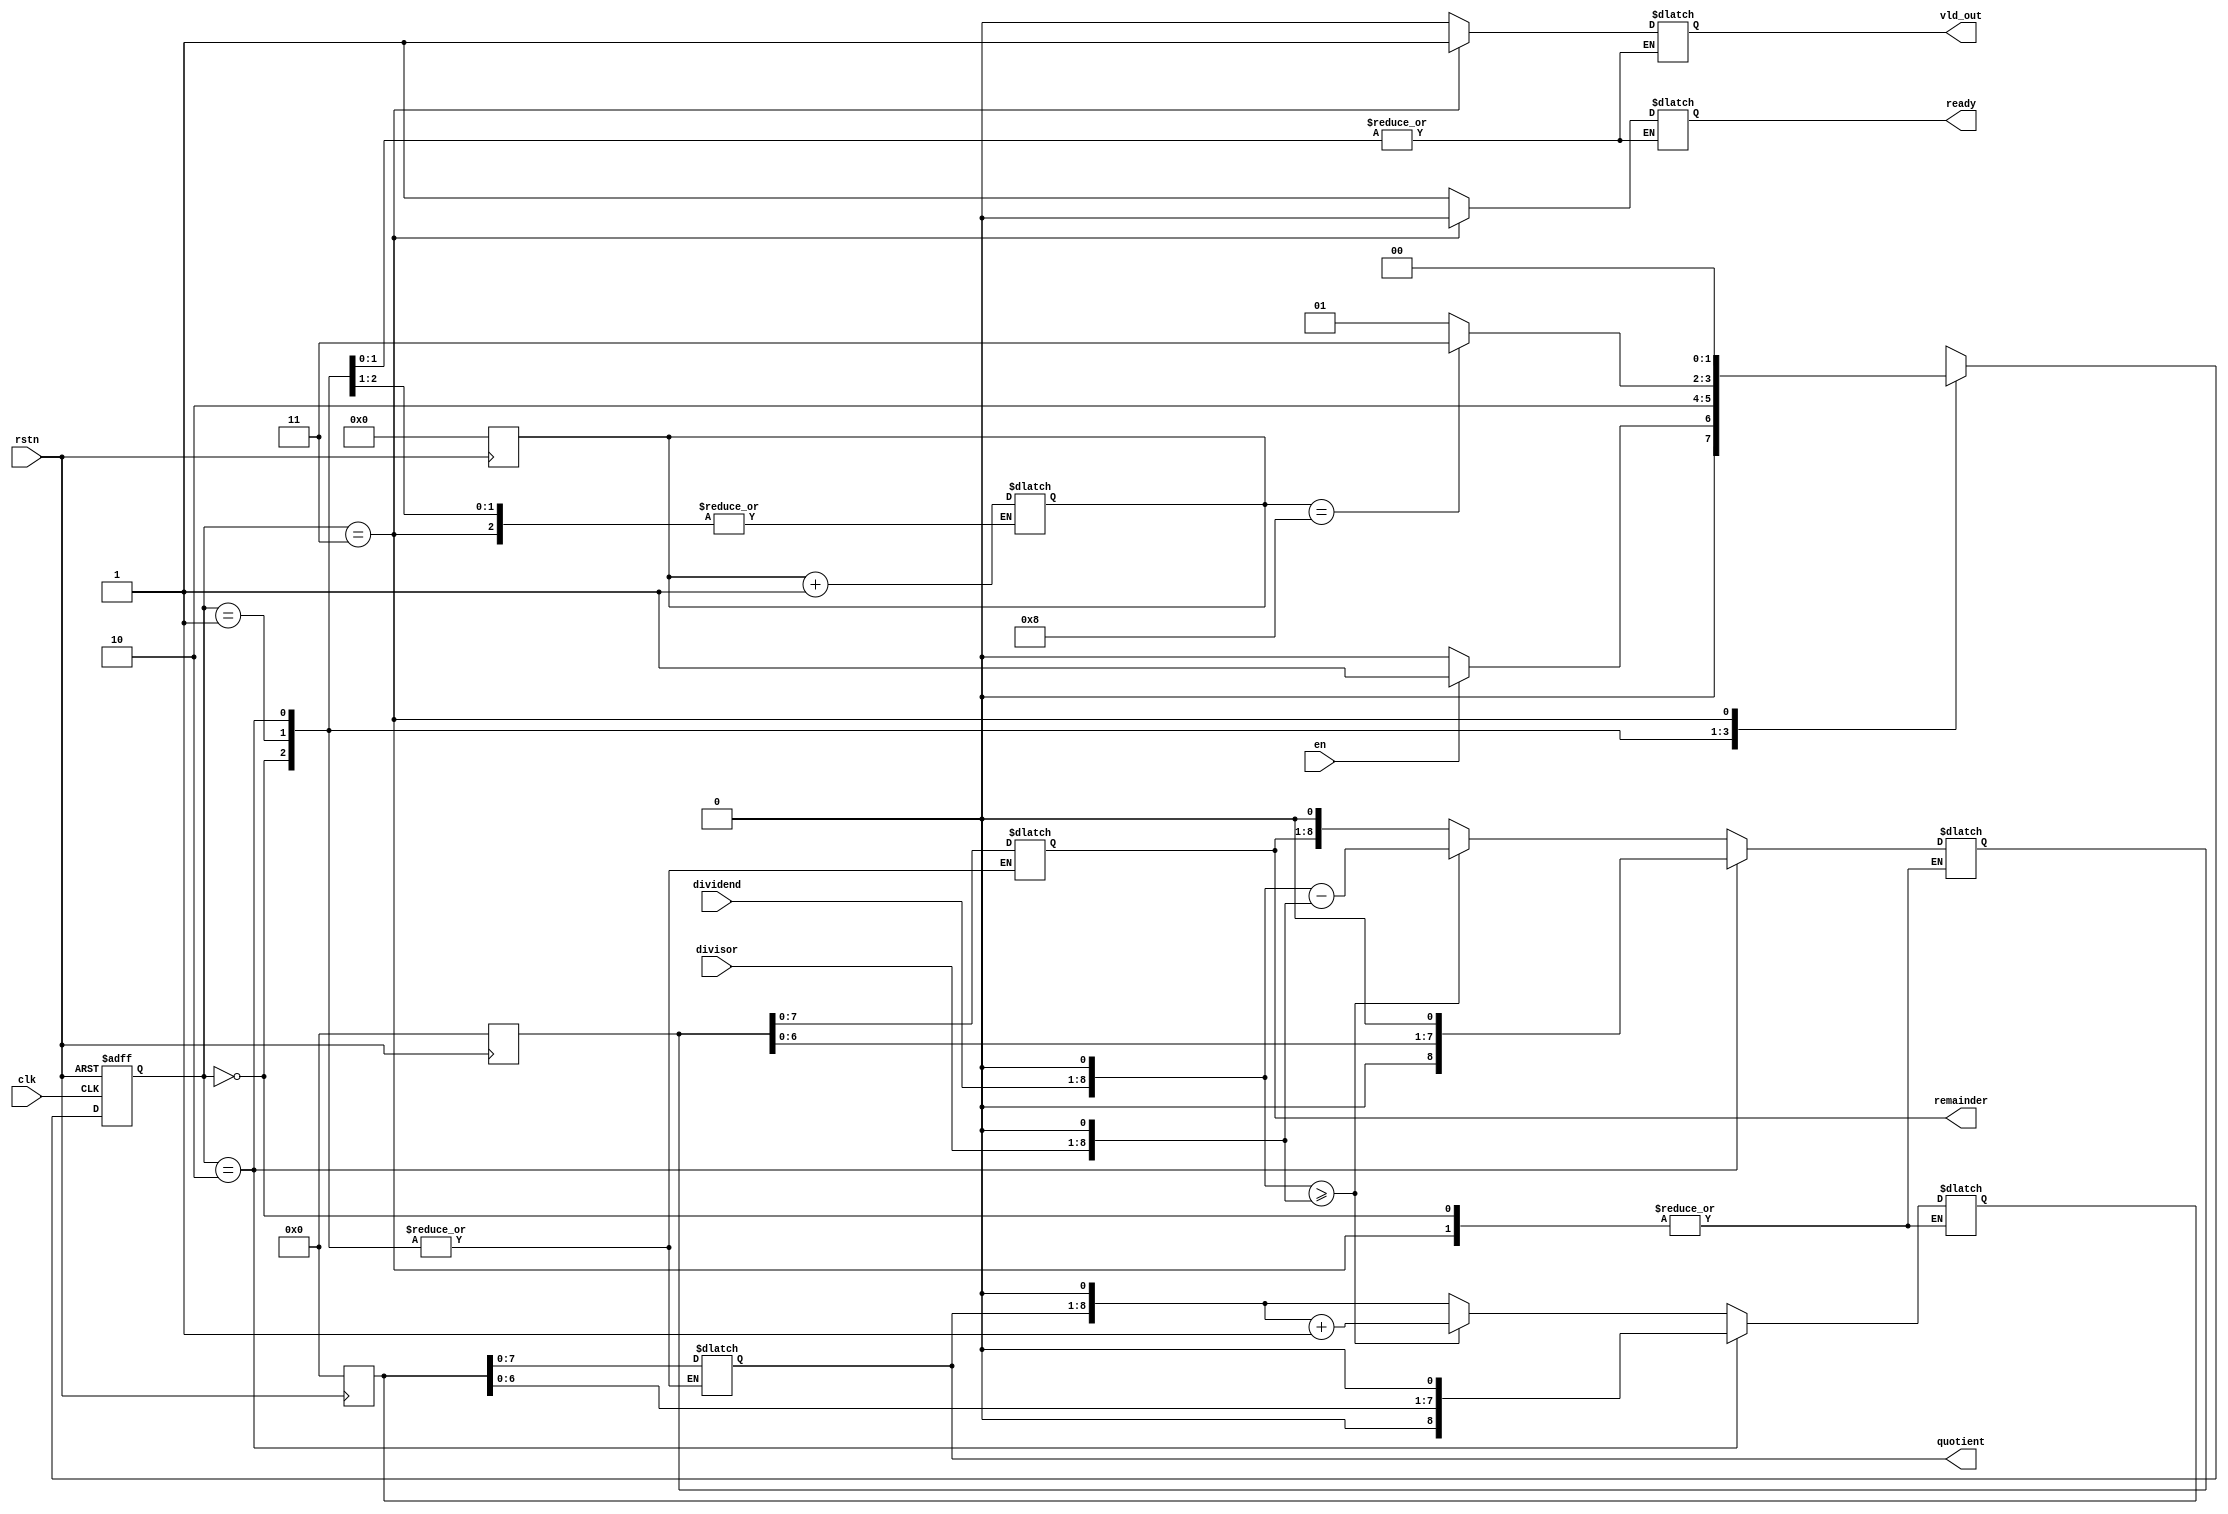
module radix2_div #(parameter DATAWIDTH = 8)(
  input clk,
  input rstn,
  input en,
  input [DATAWIDTH-1:0] dividend,
  input [DATAWIDTH-1:0] divisor,
  output reg ready,
  output reg [DATAWIDTH-1:0] quotient,
  output reg [DATAWIDTH-1:0] remainder,
  output reg vld_out
);

  // State enumeration
  localparam IDLE = 2'b00;
  localparam SUB = 2'b01;
  localparam SHIFT = 2'b10;
  localparam DONE = 2'b11;

  // State registers
  reg [1:0] current_state;
  reg [1:0] next_state;
  
  // Data registers
  reg [DATAWIDTH:0] dividend_e;
  reg [DATAWIDTH:0] divisor_e;
  reg [DATAWIDTH:0] quotient_e;
  reg [DATAWIDTH:0] remainder_e;
  reg [DATAWIDTH-1:0] count;

  always @(posedge clk or negedge rstn) begin
    if (~rstn)
      current_state <= IDLE;
    else
      current_state <= next_state;
  end

  always @(current_state, en, dividend, divisor) begin
    case (current_state)
      IDLE: begin
        if (en)
          next_state = SUB;
        else
          next_state = IDLE;
      end

      SUB: begin
        next_state = SHIFT;
      end

      SHIFT: begin
        if (count == DATAWIDTH)
          next_state = DONE;
        else
          next_state = SUB;
      end
      
      DONE: begin
        next_state = IDLE;
      end
    endcase
  end

  always @(*) begin
    case (current_state)
      IDLE: begin
        ready = 1'b1;
        vld_out = 1'b0;
      end

      SUB: begin
        dividend_e = {dividend, 1'b0};
        divisor_e = {divisor, 1'b0};
        quotient_e = {quotient, 1'b0};
        remainder_e = {remainder, 1'b0};

        if (dividend_e >= divisor_e) begin
          quotient_e = quotient_e + 1'b1;
          remainder_e = dividend_e - divisor_e;
        end
      end

      SHIFT: begin
        count = count + 1'b1;
        dividend_e = remainder_e;
        quotient_e = {quotient_e[DATAWIDTH-2:0], 1'b0};
        remainder_e = {remainder_e[DATAWIDTH-2:0], 1'b0};
      end
      
      DONE: begin
        quotient = quotient_e[DATAWIDTH-1:0];
        remainder = remainder_e[DATAWIDTH-1:0];
        ready = 1'b0;
        vld_out = 1'b1;
      end
    endcase
  end

  always @(negedge rstn) begin
    if (~rstn) begin
      dividend_e <= 0;
      divisor_e <= 0;
      quotient_e <= 0;
      remainder_e <= 0;
      count <= 0;
    end
  end
endmodule